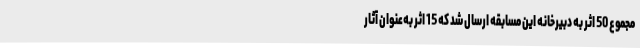
مجموع 50 اثر به دبیرخانه این مسابقه ارسال شد که 15 اثر به‌عنوان آثار